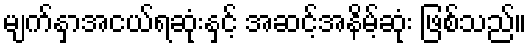
မျက်နှာအငယ်ရဆုံးနှင့် အဆင့်အနိမ့်ဆုံး ဖြစ်သည်။